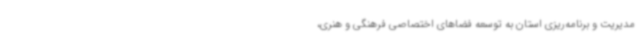
مدیریت و برنامه‌ریزی استان به توسعه فضاهای اختصاصی فرهنگی و هنری،